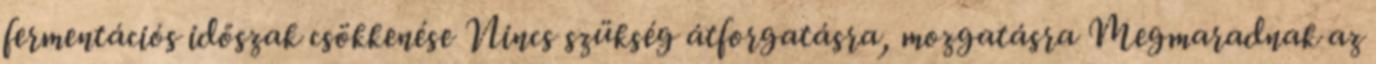
fermentációs időszak csökkenése Nincs szükség átforgatásra, mozgatásra Megmaradnak az